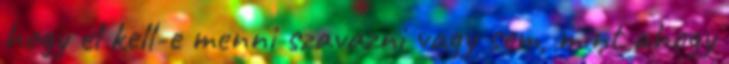
hogy el kell-e menni szavazni vagy sem, mint ahogy